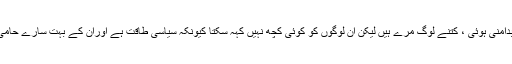
کتنی بدامنی ہوئی ، کتنے لوگ مرے ہیں لیکن ان لوگوں کو کوئی کچھ نہیں کہہ سکتا کیونکہ سیاسی طاقت ہے اوران کے بہت سارے حامی ہیں ۔